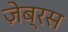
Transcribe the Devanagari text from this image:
ज़ेब्रस